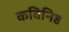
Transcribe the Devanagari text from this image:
कविनिष्ठ